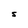
Character: S